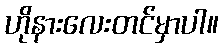
ဟိုနားလေးတင်မှာပါ။